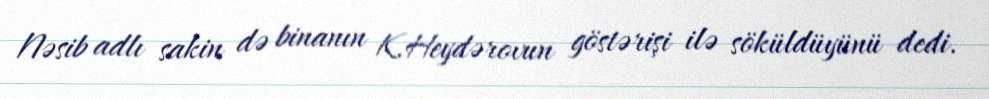
Nəsib adlı sakin də binanın K.Heydərovun göstərişi ilə söküldüyünü dedi.